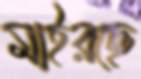
মাইরছে